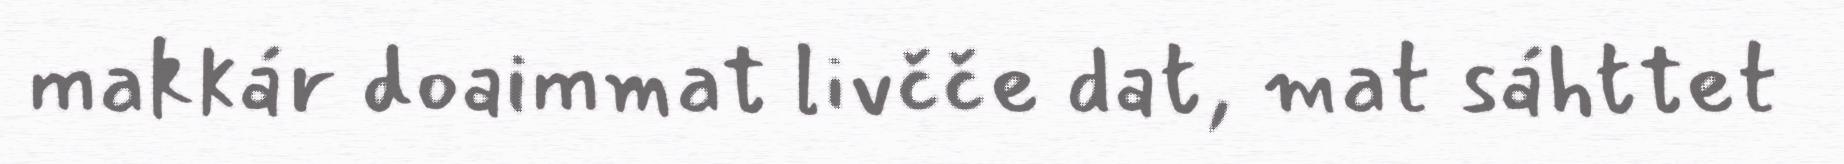
makkár doaimmat livčče dat, mat sáhttet